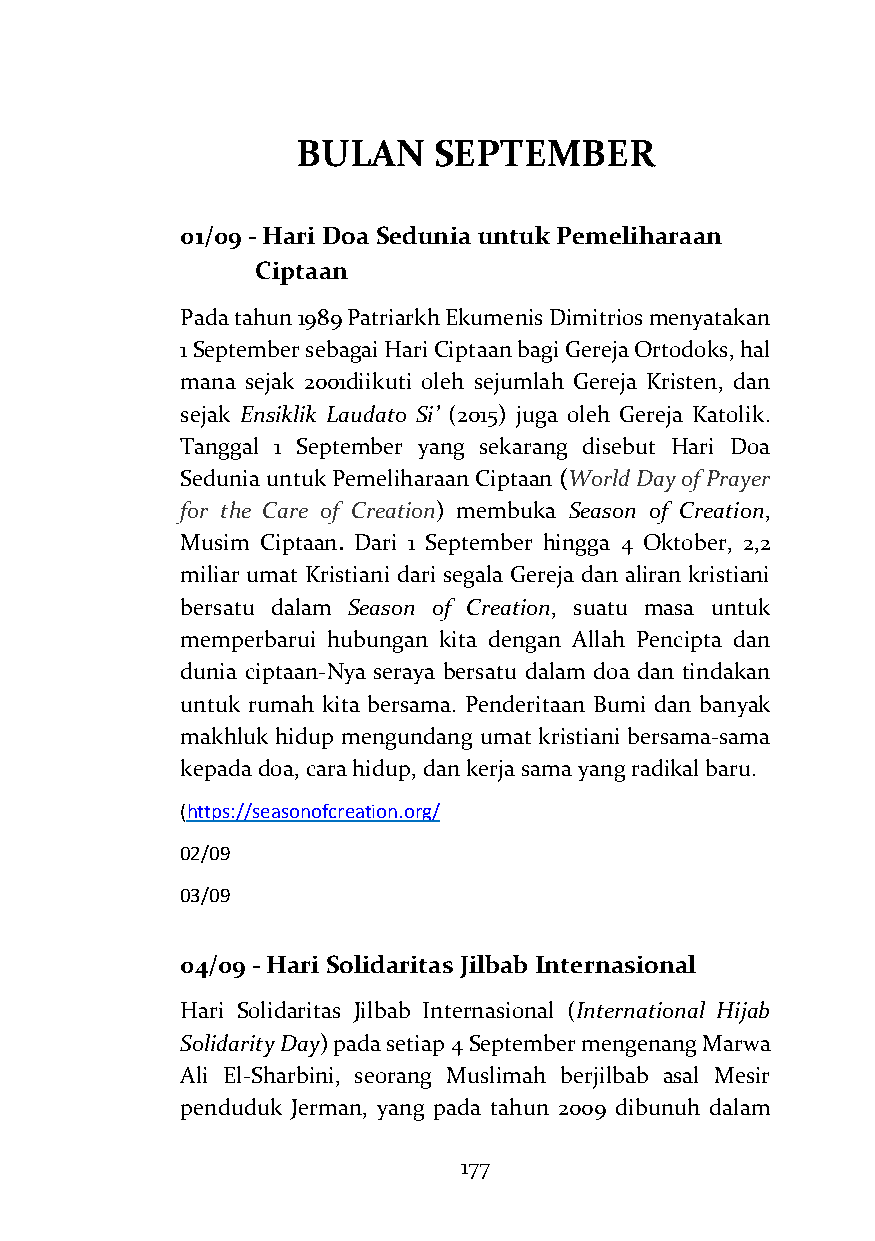
BULAN    SEPTEMBER
 01/09 - Hari Doa Sedunia untuk Pemeliharaan
 Ciptaan
 Pada tahun 1989 Patriarkh Ekumenis Dimitrios menyatakan
 1 September sebagai Hari Ciptaan bagi Gereja Ortodoks, hal
 mana sejak 2001diikuti oleh sejumlah Gereja Kristen, dan
 sejak Ensiklik Laudato Si’ (2015) juga oleh Gereja Katolik.
 Tanggal 1 September yang sekarang disebut Hari Doa
 Sedunia untuk Pemeliharaan Ciptaan (World Day of Prayer
 for the Care of Creation) membuka Season of Creation,
 Musim Ciptaan. Dari 1 September hingga 4 Oktober, 2,2
 miliar umat Kristiani dari segala Gereja dan aliran kristiani
 bersatu dalam Season of Creation, suatu masa untuk
 memperbarui hubungan kita dengan Allah Pencipta dan
 dunia ciptaan-Nya seraya bersatu dalam doa dan tindakan
 untuk rumah kita bersama. Penderitaan Bumi dan banyak
 makhluk hidup mengundang umat kristiani bersama-sama
 kepada doa, cara hidup, dan kerja sama yang radikal baru.
 (https://seasonofcreation.org/
 02/09
 03/09
 04/09 - Hari Solidaritas Jilbab Internasional
 Hari Solidaritas Jilbab Internasional (International Hijab
 Solidarity Day) pada setiap 4 September mengenang Marwa
 Ali El-Sharbini, seorang Muslimah berjilbab asal Mesir
 penduduk Jerman, yang pada tahun 2009 dibunuh dalam
 177